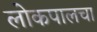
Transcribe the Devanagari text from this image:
लोकपालचा